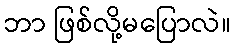
ဘာ ဖြစ်လို့မပြောလဲ။